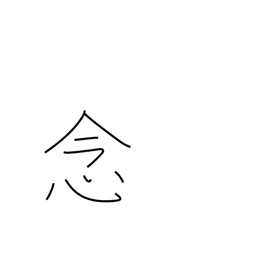
Meaning: desire